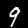
Digit: 9